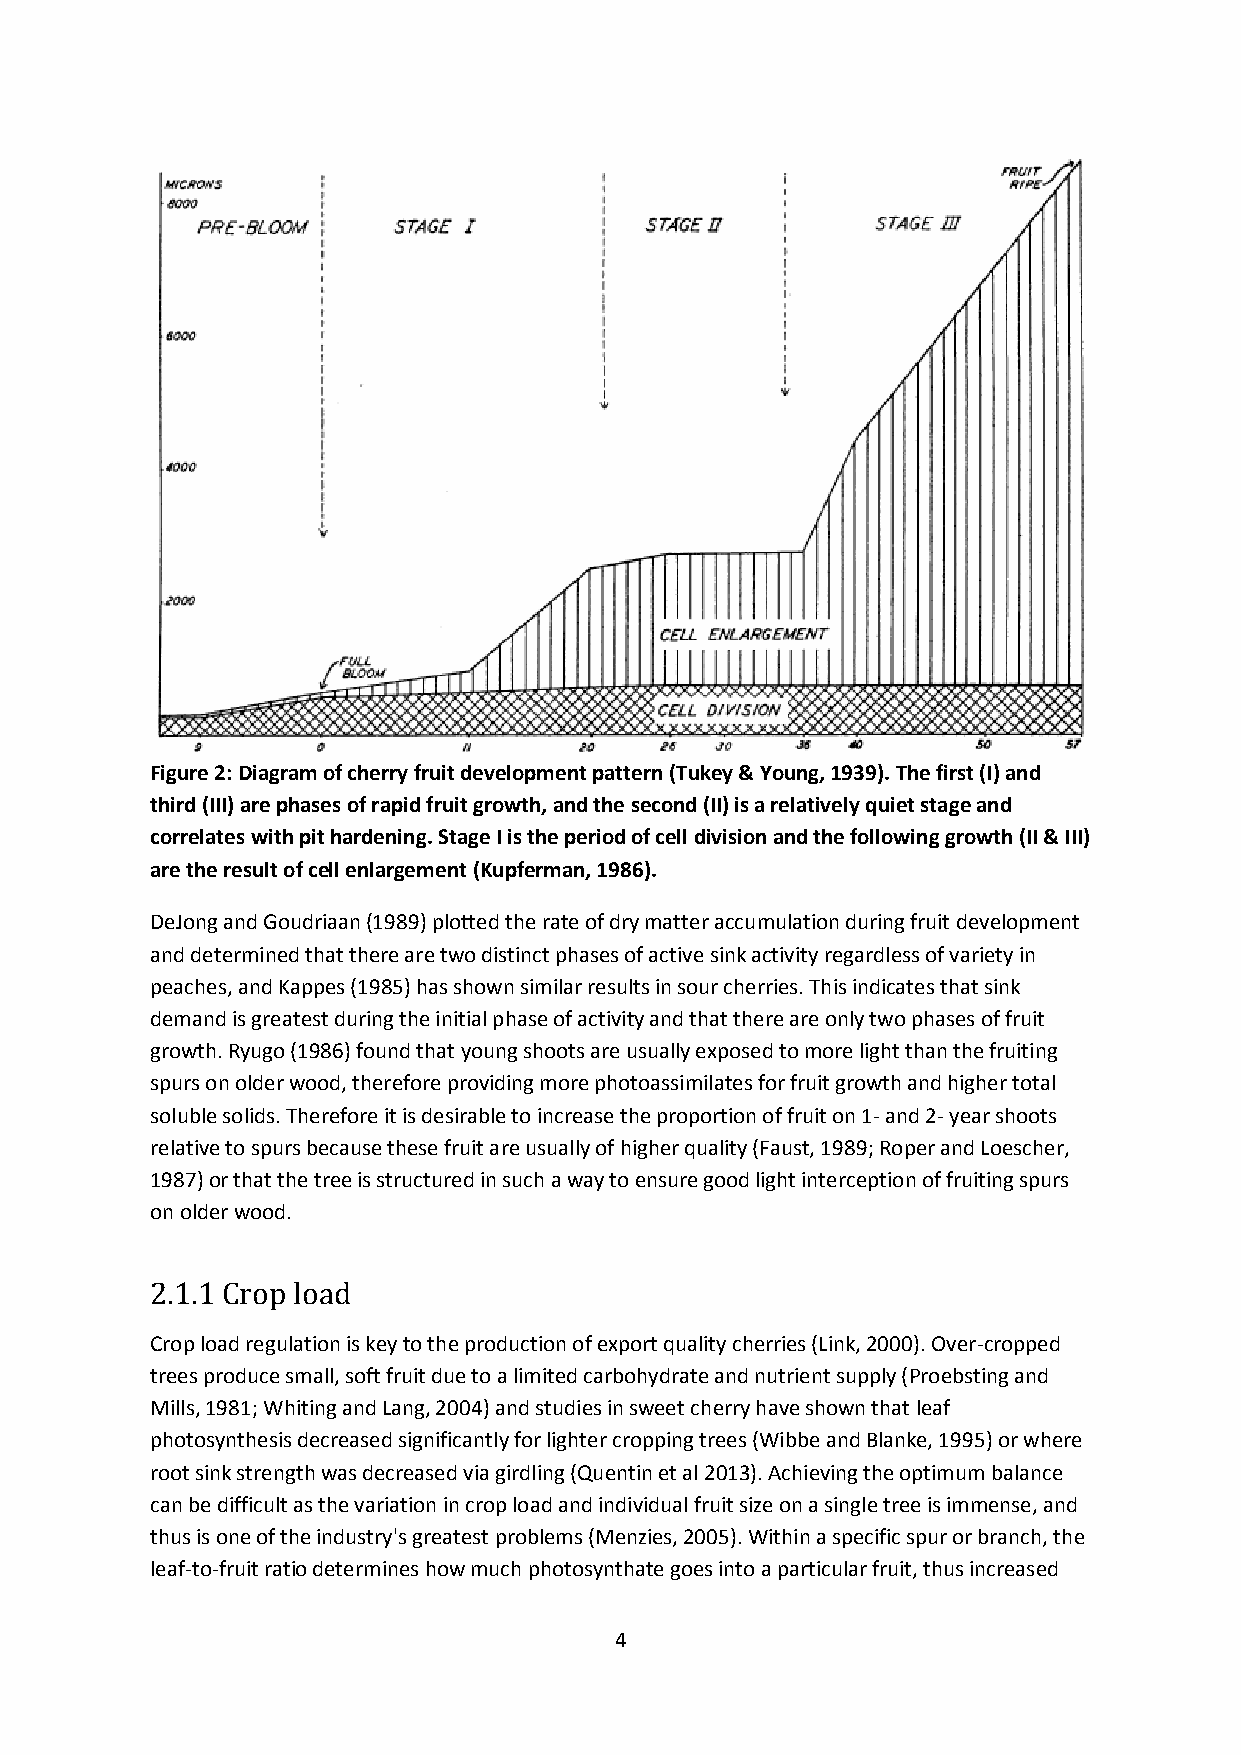
Figure 2: Diagram of cherry fruit development pattern (Tukey & Young, 1939). The first (I) and
 third (III) are phases of rapid fruit growth, and the second (II) is a relatively quiet stage and
 correlates with pit hardening. Stage I is the period of cell division and the following growth (II & III)
 are the result of cell enlargement (Kupferman, 1986).
 DeJong and Goudriaan (1989) plotted the rate of dry matter accumulation during fruit development
 and determined that there are two distinct phases of active sink activity regardless of variety in
 peaches, and Kappes (1985) has shown similar results in sour cherries. This indicates that sink
 demand is greatest during the initial phase of activity and that there are only two phases of fruit
 growth. Ryugo (1986) found that young shoots are usually exposed to more light than the fruiting
 spurs on older wood, therefore providing more photoassimilates for fruit growth and higher total
 soluble solids. Therefore it is desirable to increase the proportion of fruit on 1- and 2- year shoots
 relative to spurs because these fruit are usually of higher quality (Faust, 1989; Roper and Loescher,
 1987) or that the tree is structured in such a way to ensure good light interception of fruiting spurs
 on older wood.
 2.1.1 Crop load
 Crop load regulation is key to the production of export quality cherries (Link, 2000). Over-cropped
 trees produce small, soft fruit due to a limited carbohydrate and nutrient supply (Proebsting and
 Mills, 1981; Whiting and Lang, 2004) and studies in sweet cherry have shown that leaf
 photosynthesis decreased significantly for lighter cropping trees (Wibbe and Blanke, 1995) or where
 root sink strength was decreased via girdling (Quentin et al 2013). Achieving the optimum balance
 can be difficult as the variation in crop load and individual fruit size on a single tree is immense, and
 thus is one of the industry's greatest problems (Menzies, 2005). Within a specific spur or branch, the
 leaf-to-fruit ratio determines how much photosynthate goes into a particular fruit, thus increased
 4